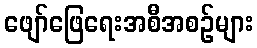
ဖျော်ဖြေရေးအစီအစဉ်များ